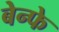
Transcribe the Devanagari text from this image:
बेन्फे